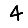
Digit: 4